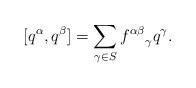
LaTeX: \begin{align*}[q^\alpha, q^\beta] = \sum_{\gamma \in S}{f^{\alpha\beta}}_\gamma q^\gamma.\end{align*}